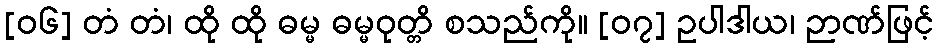
[၀၆] တံ တံ၊ ထို ထို ဓမ္မ ဓမ္မဝုတ္တိ စသည်ကို။ [၀၇] ဥပါဒါယ၊ ဉာဏ်ဖြင့်